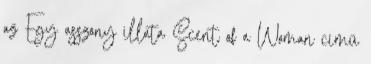
az Egy asszony illata Scent of a Woman című